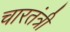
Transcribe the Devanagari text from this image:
चारतंत्री